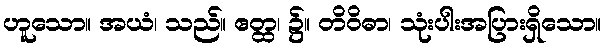
ဟူသော။ အယံ၊ သည်။ ဧတ္ထ၊ ၌။ တိဝိဓာ၊ သုံးပါးအပြားရှိသော။